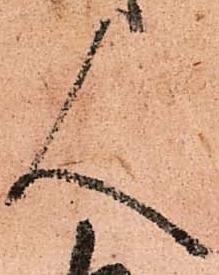
人